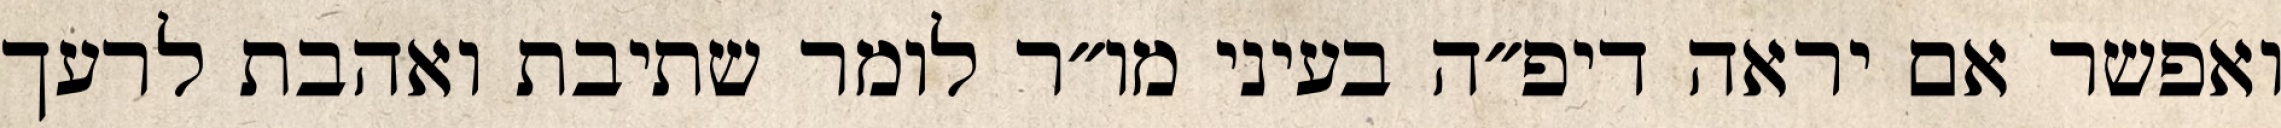
ואפשר אם יראה דיפ״ה בעיני מו״ר לומר שתיבת ואהבת לרעך